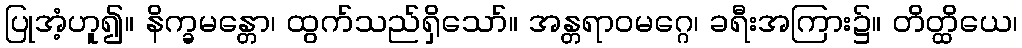
ပြုအံ့ဟူ၍။ နိက္ခမန္တော၊ ထွက်သည်ရှိသော်။ အန္တရာဝမဂ္ဂေ၊ ခရီးအကြား၌။ တိတ္ထိယေ၊